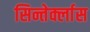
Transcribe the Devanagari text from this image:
सिन्तेर्क्लास